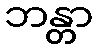
ဘန္တာ